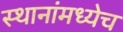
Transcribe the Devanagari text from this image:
स्थानांमध्येच